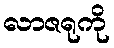
လာဇရုကို